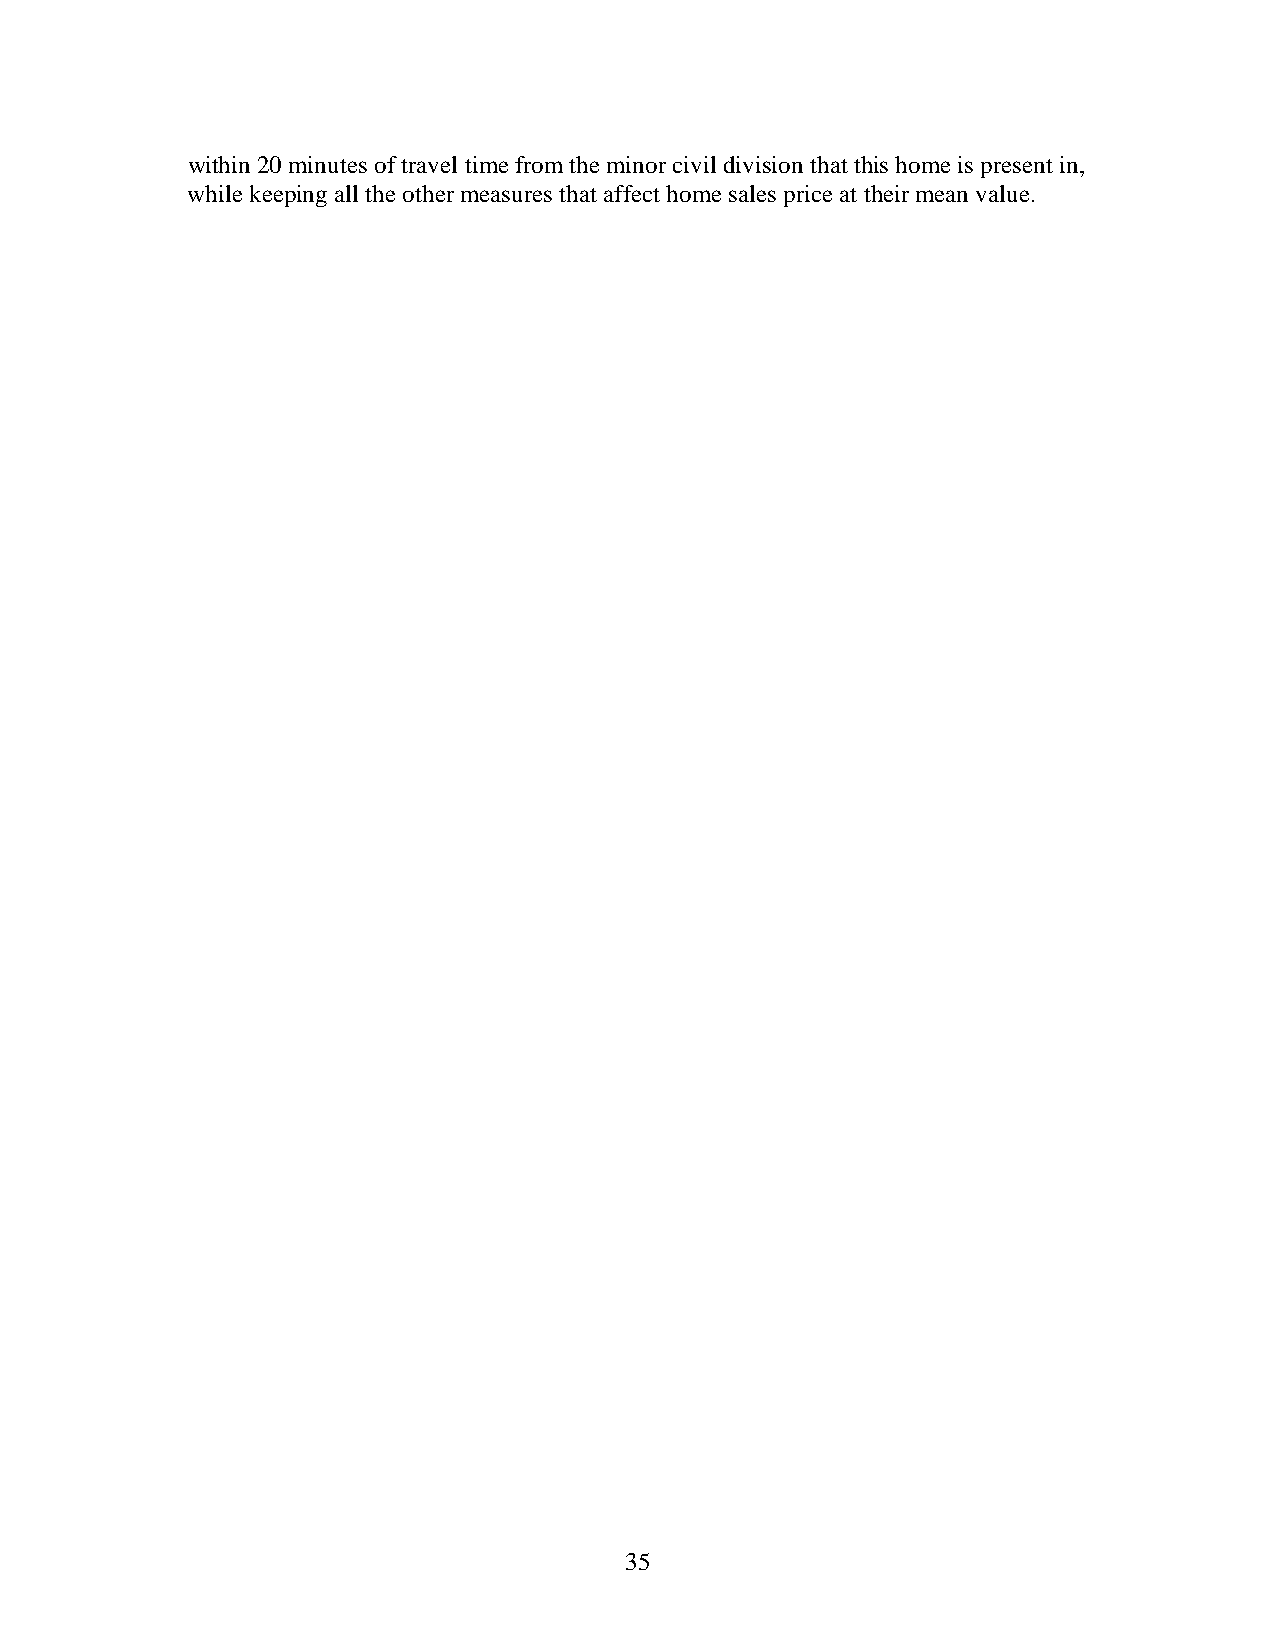
within 20 minutes of travel time from the minor civil division that this home is present in,
 while keeping all the other measures that affect home sales price at their mean value.
 35